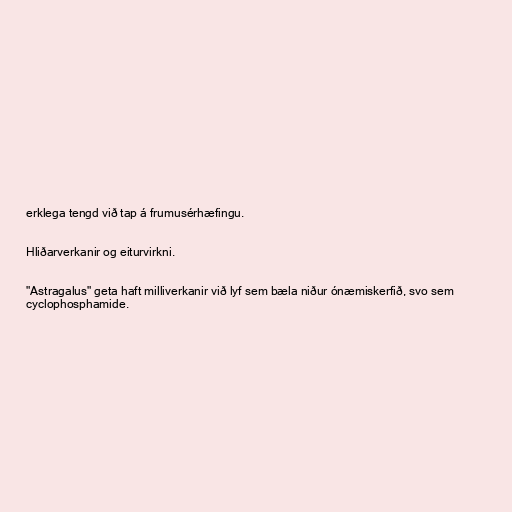
erklega tengd við tap á frumusérhæfingu.

Hliðarverkanir og eiturvirkni.

"Astragalus" geta haft milliverkanir við lyf sem bæla niður ónæmiskerfið, svo sem
cyclophosphamide.